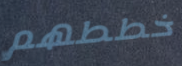
خططهم